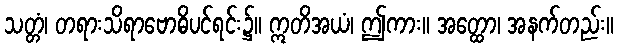
သတ္တံ၊ တရားသိရာဗောဓိပင်ရင်း၌။ ဣတိအယံ၊ ဤကား။ အတ္ထော၊ အနက်တည်း။